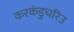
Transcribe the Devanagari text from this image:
करकंडुचरिउ